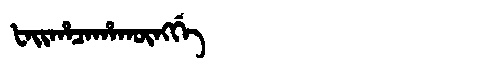
Manchu: ᡶᠠᡳᡥᠠᠴᠠᡥᠠᡴᡡᠩᡤᡝ
Romanization: FAIHACAHAKŪNGGE